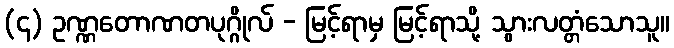
(၄) ဥဏ္ဏတောဏတပုဂ္ဂိုလ် - မြင့်ရာမှ မြင့်ရာသို့ သွားလတ္တံသောသူ။